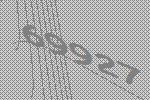
69927